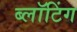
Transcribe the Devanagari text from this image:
ब्लॉटिंग